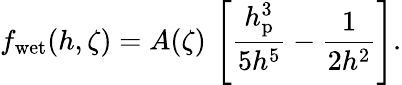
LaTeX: f_{\mathrm{wet}}(h,\zeta)=A(\zeta)\, \left[\frac{h_{\mathrm{p}}^{3}}{5h^{5}}-\frac{1}{2h^{2}}\right].